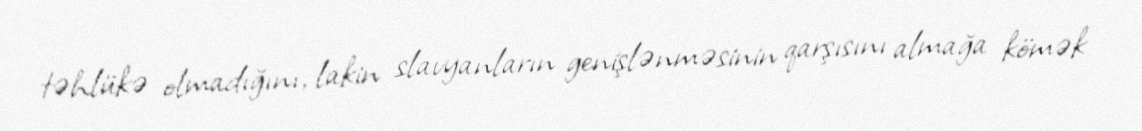
təhlükə olmadığını, lakin slavyanların genişlənməsinin qarşısını almağa kömək